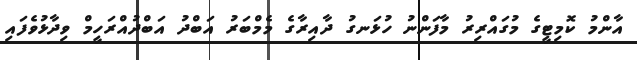
އާންމު ކޮމިޓީގެ މުގައްރިރު މާފަންނު ހުޅަނގު ދާއިރާގެ މެމްބަރު އަބްދު އަބްދުއްރަހީމް ވިދާޅުވެފައި